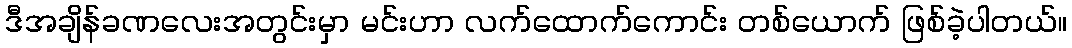
ဒီအချိန်ခဏလေးအတွင်းမှာ မင်းဟာ လက်ထောက်ကောင်း တစ်ယောက် ဖြစ်ခဲ့ပါတယ်။